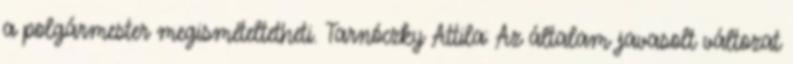
a polgármester megismételtetheti. Tarnóczky Attila: Az általam javasolt változat